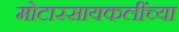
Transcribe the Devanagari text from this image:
मोटारसायकलींच्या